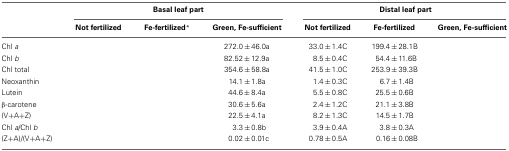
<table><thead><tr><td>[EMPTY_CELL]</td><td colspan="3"><b>Basal leaf part</b></td><td colspan="3"><b>Distal leaf part</b></td></tr><tr><td>[EMPTY_CELL]</td><td><b>Not fertilized</b></td><td><b>Fe-fertilized<sup>*</sup></b></td><td><b>Green, Fe-sufficient</b></td><td><b>Not fertilized</b></td><td><b>Fe-fertilized</b></td><td><b>Green, Fe-sufficient</b></td></tr></thead><tbody><tr><td>Chl <i>a</i></td><td>[EMPTY_CELL]</td><td>[EMPTY_CELL]</td><td>272.0 ± 46.0a</td><td>33.0 ± 1.4C</td><td>199.4 ± 28.1B</td><td>[EMPTY_CELL]</td></tr><tr><td>Chl <i>b</i></td><td>[EMPTY_CELL]</td><td>[EMPTY_CELL]</td><td>82.52 ± 12.9a</td><td>8.5 ± 0.4C</td><td>54.4 ± 11.6B</td><td>[EMPTY_CELL]</td></tr><tr><td>Chl total</td><td>[EMPTY_CELL]</td><td>[EMPTY_CELL]</td><td>354.6 ± 58.8a</td><td>41.5 ± 1.0C</td><td>253.9 ± 39.3B</td><td>[EMPTY_CELL]</td></tr><tr><td>Neoxanthin</td><td>[EMPTY_CELL]</td><td>[EMPTY_CELL]</td><td>14.1 ± 1.8a</td><td>1.4 ± 0.3C</td><td>6.7 ± 1.4B</td><td>[EMPTY_CELL]</td></tr><tr><td>Lutein</td><td>[EMPTY_CELL]</td><td>[EMPTY_CELL]</td><td>44.6 ± 8.4a</td><td>5.5 ± 0.8C</td><td>25.5 ± 0.6B</td><td>[EMPTY_CELL]</td></tr><tr><td>β-carotene</td><td>[EMPTY_CELL]</td><td>[EMPTY_CELL]</td><td>30.6 ± 5.6a</td><td>2.4 ± 1.2C</td><td>21.1 ± 3.8B</td><td>[EMPTY_CELL]</td></tr><tr><td>(V+A+Z)</td><td>[EMPTY_CELL]</td><td>[EMPTY_CELL]</td><td>22.5 ± 4.1a</td><td>8.2 ± 1.3C</td><td>14.5 ± 1.7B</td><td>[EMPTY_CELL]</td></tr><tr><td>Chl <i>a</i>/Chl <i>b</i></td><td>[EMPTY_CELL]</td><td>[EMPTY_CELL]</td><td>3.3 ± 0.8b</td><td>3.9 ± 0.4A</td><td>3.8 ± 0.3A</td><td>[EMPTY_CELL]</td></tr><tr><td>(Z+A)/(V+A+Z)</td><td>[EMPTY_CELL]</td><td>[EMPTY_CELL]</td><td>0.02 ± 0.01c</td><td>0.78 ± 0.5A</td><td>0.16 ± 0.08B</td><td>[EMPTY_CELL]</td></tr></tbody></table>